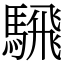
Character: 騛